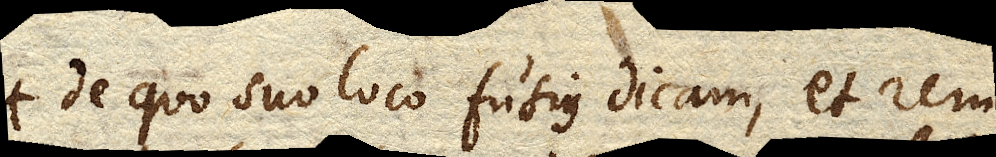
de quo suo loco fusius dicam, et rem